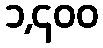
၁,၄၀၀